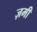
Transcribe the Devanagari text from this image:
ज़मी